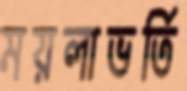
ময়লাভর্তি